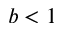
b < 1